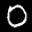
Label: 0